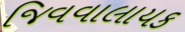
જિવવાલાયક